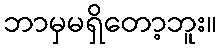
ဘာမှမရှိတော့ဘူး။